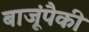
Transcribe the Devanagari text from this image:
बाजूंपैकी